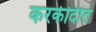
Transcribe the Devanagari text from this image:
करकीर्दीत